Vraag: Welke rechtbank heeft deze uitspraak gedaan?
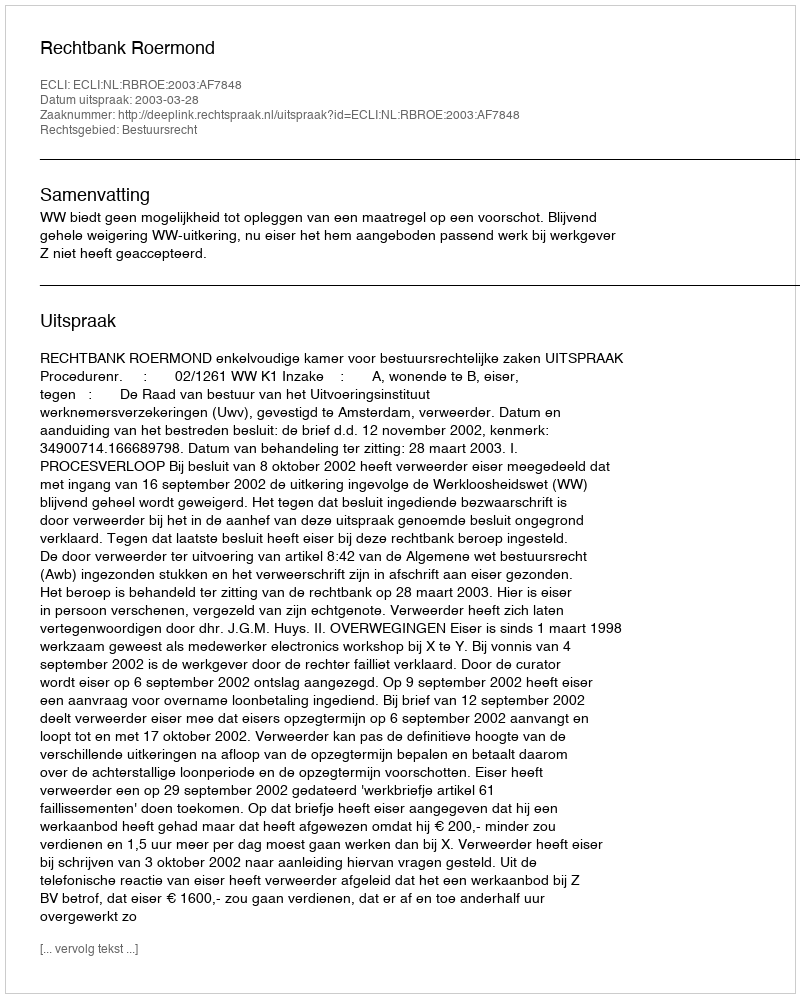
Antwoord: Rechtbank Roermond